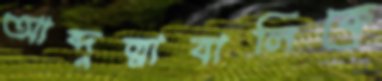
আব্দুল্লাবালিকে